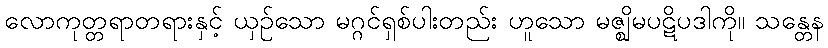
လောကုတ္တရာတရားနှင့် ယှဉ်သော မဂ္ဂင်ရှစ်ပါးတည်း ဟူသော မဇ္ဈိမပဋိပဒါကို။ သန္တေန